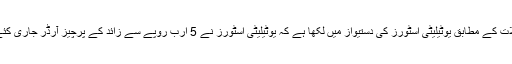
تفصیلات کے مطابق یوٹیلیٹی اسٹورز کی دستیواز میں لکھا ہے کہ یوٹیلیٹی اسٹورز نے 5 ارب روپے سے زائد کے پرچیز آرڈر جاری کئے ہیں۔